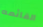
القائمه